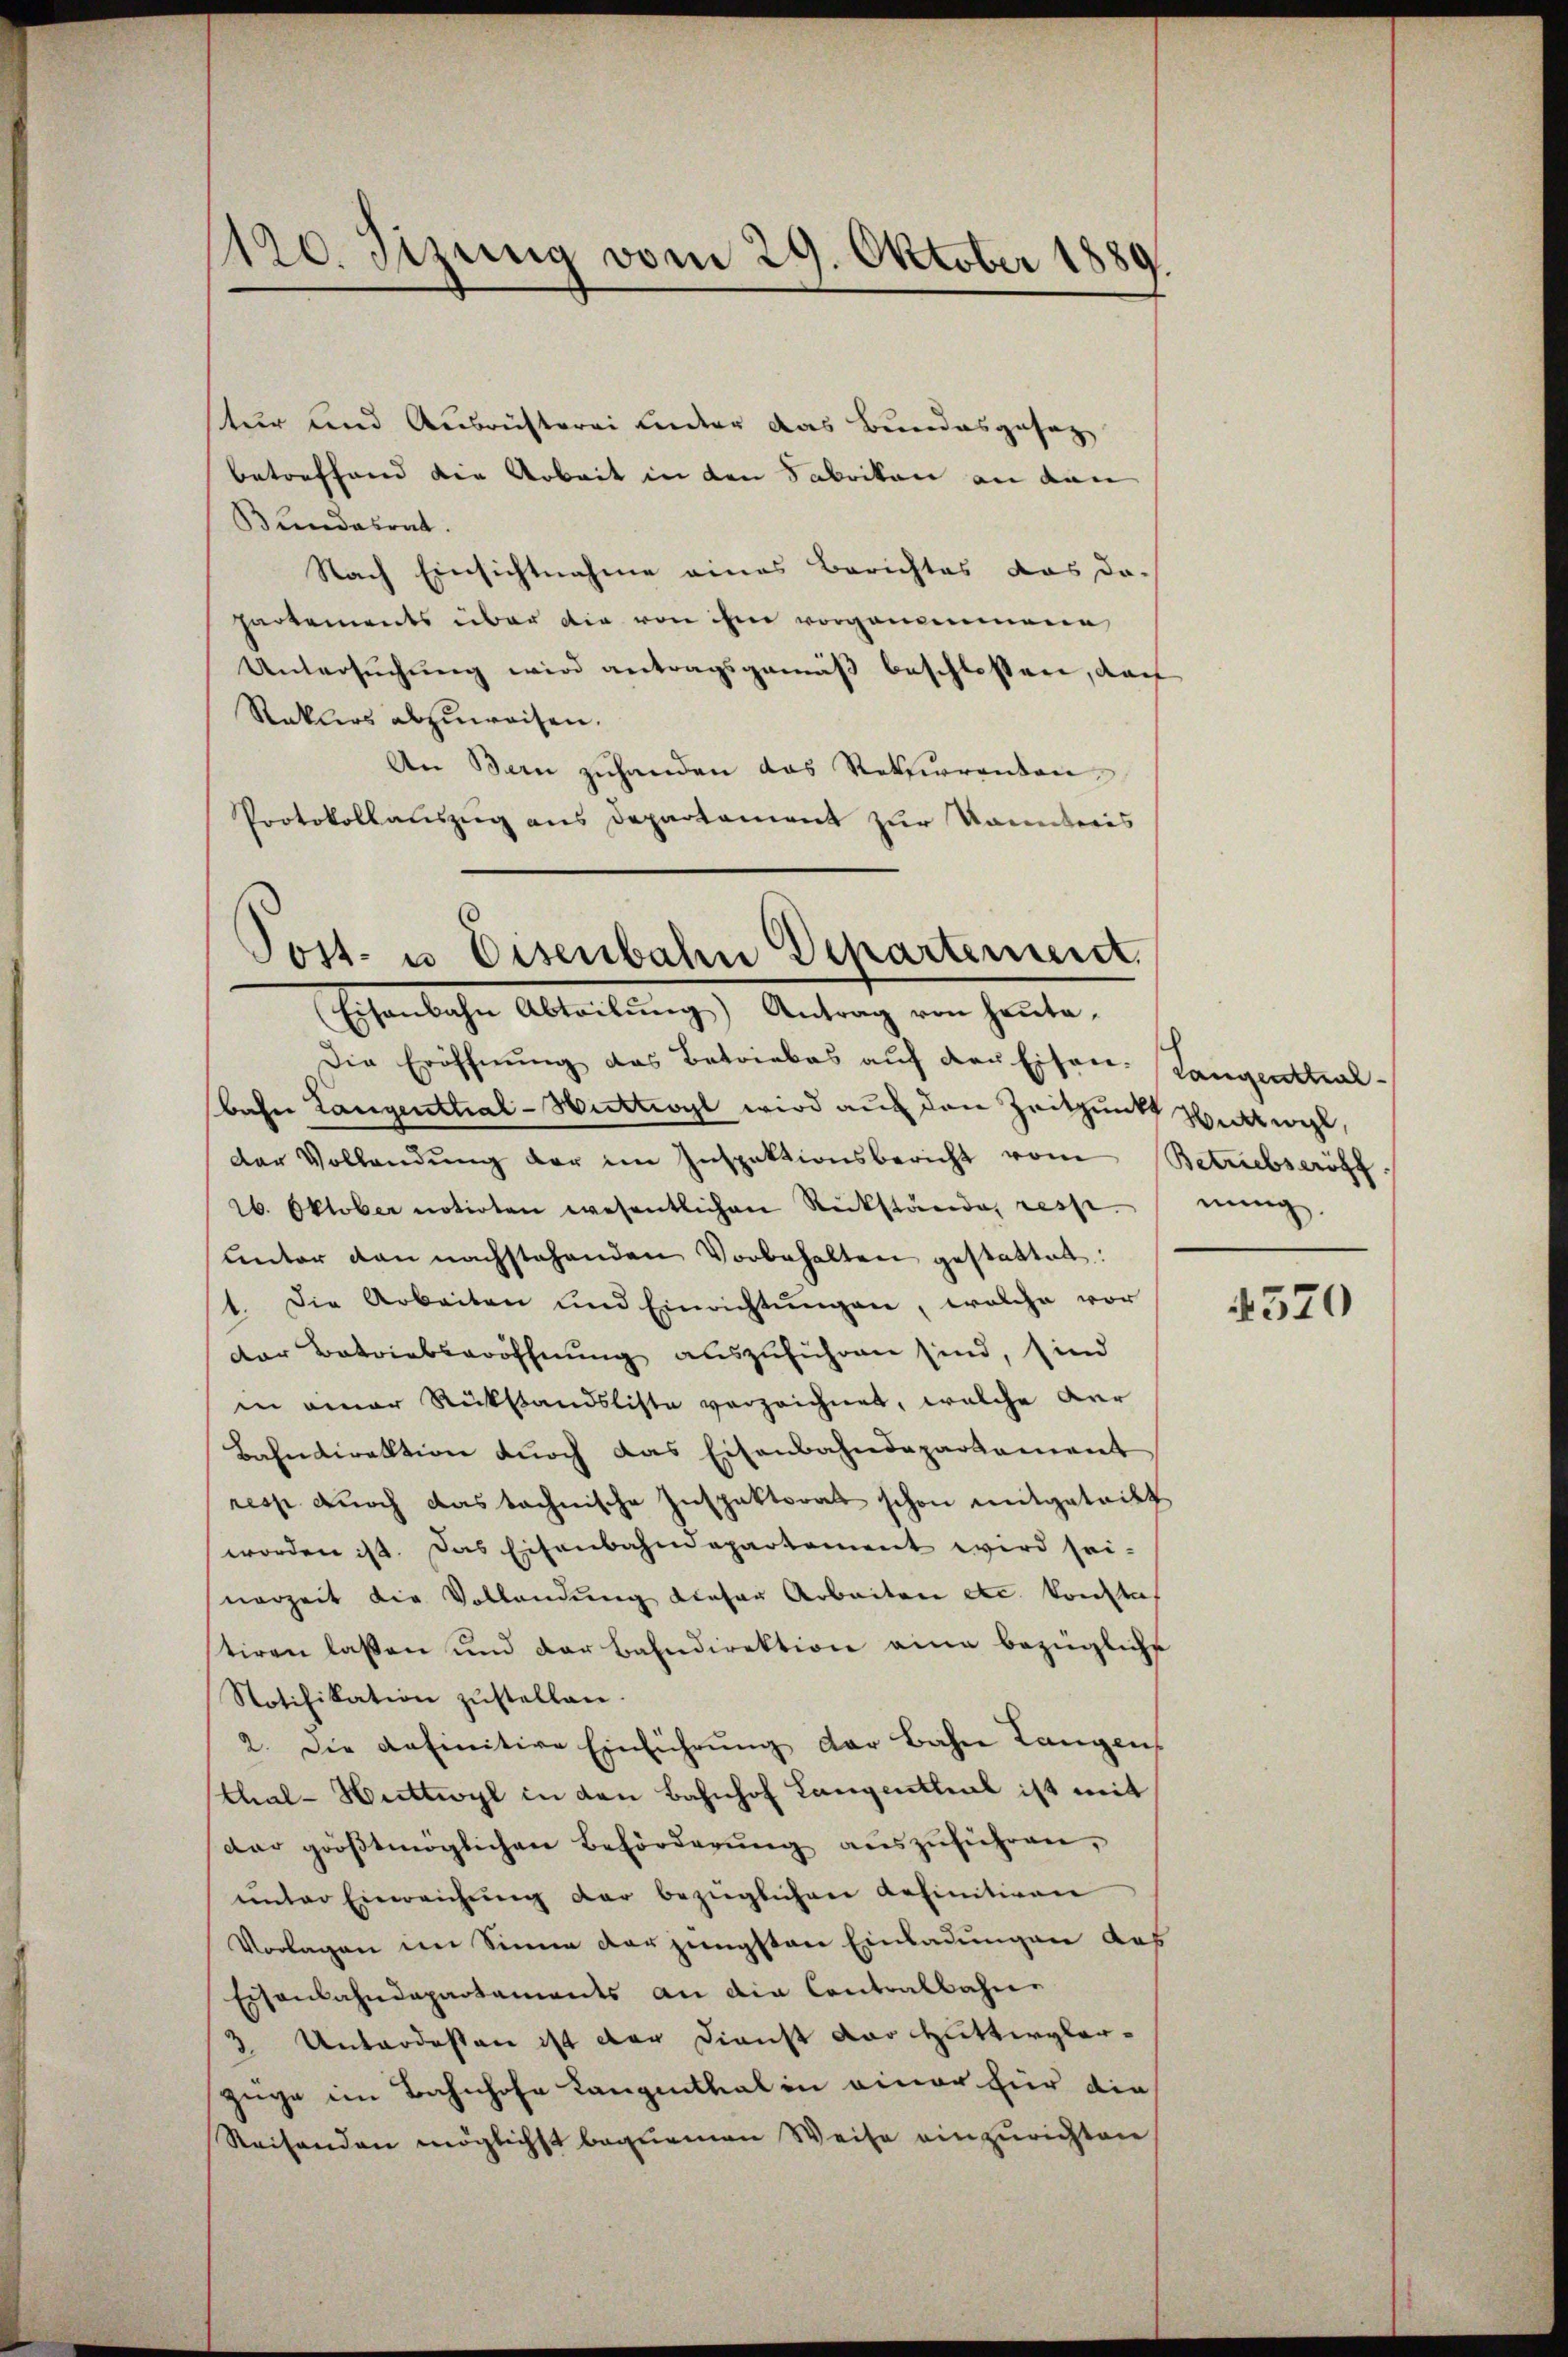
1120. Sizung vom 29. Oktober 1889

tur und Ausrichterei Linder das Bundesgesag
betreffend die Arbeit in den Sabrikon an dan
Bundesrat.
Nach Einsichtnahme eines Berichtes das da-
hartements über die von ihm vorgenommene
Untersuchung wird antragsgemäß beschlossen, darf
Raklers abzuweisen.
An Bern zuhanden das Rekurrenten
Protokollauszug aus Departement zur konnteris

Jost- u Eisenbahn Departement.
Eisenbahn Abteilŭng Antrag von heŭta-

Die Eröffnŭng das Betriebes aŭf den Eisen-Langenthal¬
Bahn Langenttial-Hittrogl wird auf den Zeitpunkt weckt weil,
der Vollendŭng der im Inspektionsbericht vom Betriebseröff
26. Oktober notirten wesentlichen Rückstände, resp.
unter den nachstehenden Vorbehalten gestattet:
1. Die Arbeiten und Einrichtŭngen, welche vor
der Betriebseröffnung auszuführen sind, sind
in einer Rückstandsliste verzeichnet, welche der
Bahndirektion durch das Eisenbahndepartement
ress durch das technische Inspektorat schon mitgeteilt
worden ist. Das Eisenbahndepartement wird sei-
nerzeit die Vollandung dieser Arbeiten etc. konstal
tiren lassen und der Bahndirektion eine bezügliche
Notifikation zŭstellen.
2. Die definitive Einführung der Bahn Langen
thal-Huttwyl in den Bahnhof Langenthal ist mit
dar größtmöglichen Beförderŭng aŭszŭführen,
unter Einreichung der bezüglichen anfinitiven
Vorlagen im Sinne der jüngsten Einladungen das
Eisenbahndepartaments an die Contralbahne
3 Unterdessen ist der Dienst der Huttwylerzüge im Bahnhofe Langenthal in einer für die
Reisenden möglichst bequemen Weise einzurichten,

nung.

4570